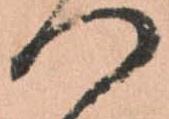
つ